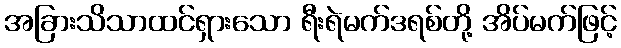
အခြားသိသာထင်ရှားသော ရီးရဲမက်ဒရစ်တို့ အိပ်မက်ဖြင့်